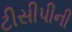
ટીસીપીની